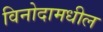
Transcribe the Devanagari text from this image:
विनोदामधील